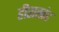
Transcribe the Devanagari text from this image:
हीराखंड